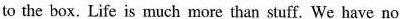
to the box. Life is much more than stuff. We have no